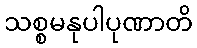
သစ္စမနုပါပုဏာတိ